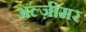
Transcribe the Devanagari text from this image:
अल्ज़ीमर